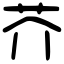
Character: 芥